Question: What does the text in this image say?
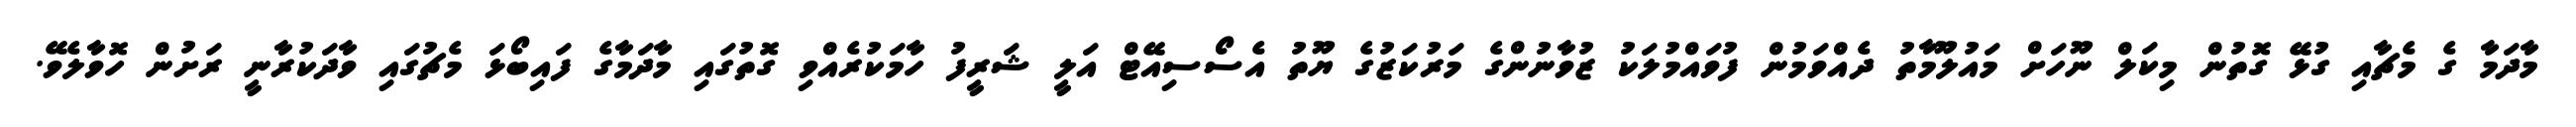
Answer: މާދަމާ ގެ މެޗާއި ގުޅޭ ގޮތުން މިކަލް ނޫހަށް މައުލޫމާތު ދެއްވަމުން ފުވައްމުލަކު ޒުވާނުންގެ މަރުކަޒުގެ ޔޫތު އެސޯސިއޭޓް އަލީ ޝަރީފު ހާމަކުރެއްވި ގޮތުގައި މާދަމާގެ ފައިބޯޅަ މެޗުގައި ވާދަކުރާނީ ރަށުން ހޮވާލެވޭ.